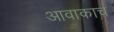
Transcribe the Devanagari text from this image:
आवाकाच